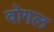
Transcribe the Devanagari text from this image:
वोगल